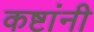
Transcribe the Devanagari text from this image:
कष्टांनी